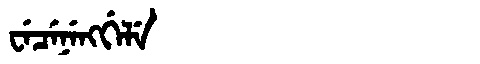
Manchu: ᠸᡝᠴᡝᠨᡝᠩᡤᡝᠯᡝ
Romanization: WECENENGGELE